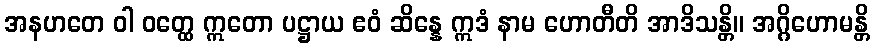
အနဟတေ ဝါ ဝတ္ထေ ဣတော ပဋ္ဌာယ ဧဝံ ဆိန္နေ ဣဒံ နာမ ဟောတီတိ အာဒိသန္တိ။ အဂ္ဂိဟောမန္တိ